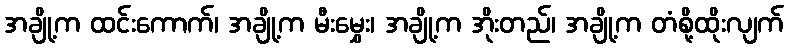
အချို့က ထင်းကောက်၊ အချို့က မီးမွှေး၊ အချို့က အိုးတည်၊ အချို့က တံစို့ထိုးလျက်